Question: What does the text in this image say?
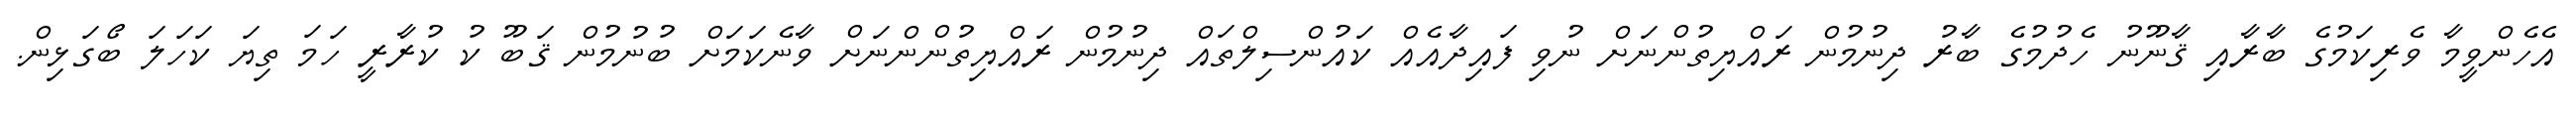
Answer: އެހެންވީމާ ވެރިކަމުގެ ބާރާއި ޤާނޫނު ހެދުމުގެ ބާރު ދިނުމުން ރައްޔިތުންނަށް ނުވި ފައިދާއެއް ކައުންސިލްތައް ދިނުމުން ރައްޔިތުންންނަށް ވާނެކަމަށް ބުނުމުން ޤަބޫ ކު ކުރާރީ ހަމަ ތިޔަ ކަހަލަ ބޯގަޅިން.